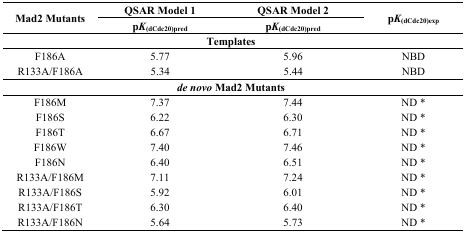
| <ROWSPAN=2> Mad2 Mutants | QSAR Model 1 | QSAR Model 2 | <ROWSPAN=2> pK(dCdc20)exp |
 | pK(dCdc20)pred | pK(dCdc20)pred |
 | --- | --- | --- | --- |
 |  | <COLSPAN=2> Templates |  |
 | F186A | 5.77 | 5.96 | NBD |
 | R133A/F186A | 5.34 | 5.44 | NBD |
 |  | <COLSPAN=2> de novo Mad2 Mutants |  |
 | F186M | 7.37 | 7.44 | ND * |
 | F186S | 6.22 | 6.30 | ND * |
 | F186T | 6.67 | 6.71 | ND * |
 | F186W | 7.40 | 7.46 | ND * |
 | F186N | 6.40 | 6.51 | ND * |
 | R133A/F186M | 7.11 | 7.24 | ND * |
 | R133A/F186S | 5.92 | 6.01 | ND * |
 | R133A/F186T | 6.30 | 6.40 | ND * |
 | R133A/F186N | 5.64 | 5.73 | ND * |